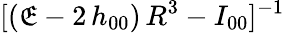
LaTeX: [(\mathfrak{E}-2\, h_{00})\, R^{3}-I_{00}]^{-1}